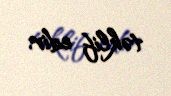
təklif edir.